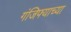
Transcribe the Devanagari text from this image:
गंजिफ्याच्या